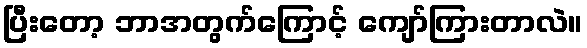
ပြီးတော့ ဘာအတွက်ကြောင့် ကျော်ကြားတာလဲ။